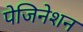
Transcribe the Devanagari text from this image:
पेजिनेशन